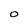
Character: O